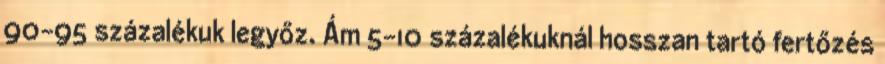
90-95 százalékuk legyőz. Ám 5-10 százalékuknál hosszan tartó fertőzés